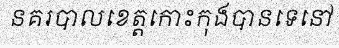
នគរបាលខេត្តកោះកុងបានទេនៅ